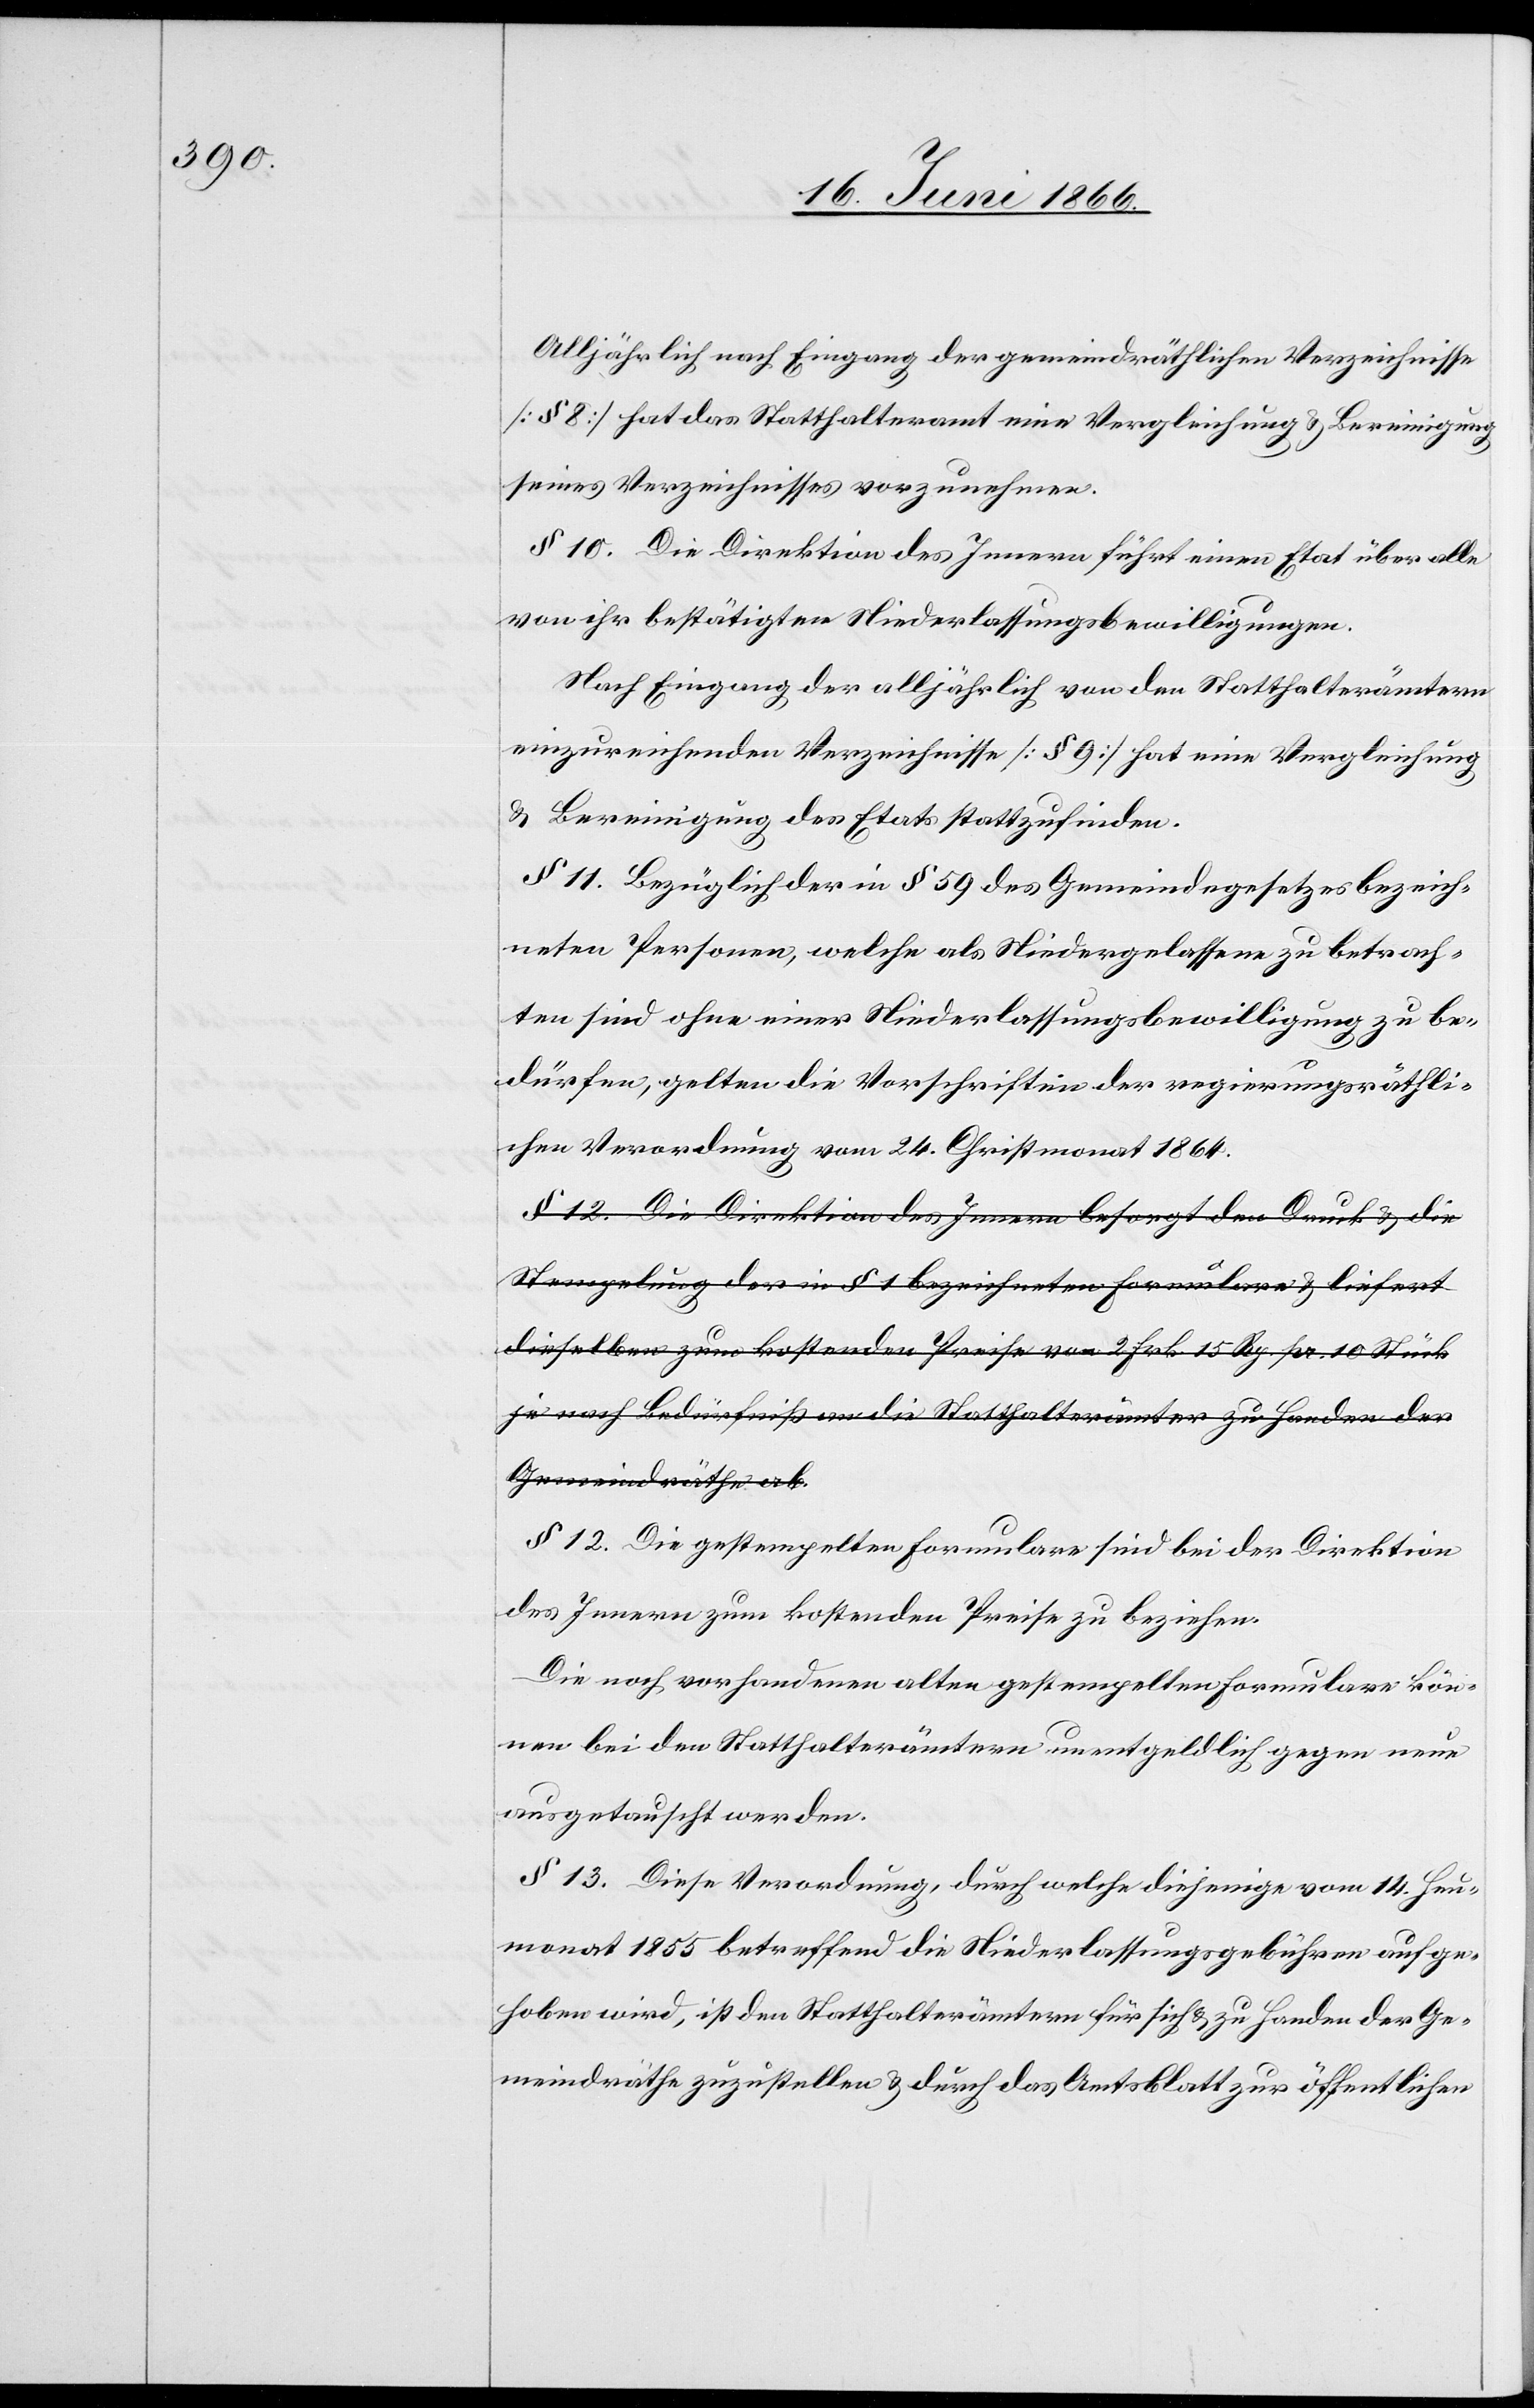
Alljährlich nach Eingang der gemeindräthlichen Verzeichnisse
[§ 8] hat das Statthalteramt eine Vergleichung u. Bereinigung
seines Verzeichnisses vorzunehmen.
§ 10. Die Direktion des Innern führt einen Etat über alle
von ihr bestätigten Niederlassungsbewilligungen.
Nach Eingang der alljährlich von den Statthalterämtern
einzureichenden Verzeichnisse [§ 9] hat eine Vergleichung
u. Bereinigung des Etats stattzufinden.
§ 11. Bezüglich der in § 59 des Gemeindegesetzes bezeich¬
neten Personen, welche als Niedergelassene zu betrach¬
ten sind ohne einer Niederlassungsbewilligung zu be¬
dürfen, gelten die Vorschriften der regierungsräthli¬
chen Verordnung vom 24. Christmonat 1864.
a-§ 12. Die Direktion des Innern besorgt den Druck u. die
Stempelung der in § 1 bezeichneten Formulare u. liefert
dieselben zum kostenden Preise von 2 Frk. 15 Rp. pr. 10 Stück
je nach Bedürfniß an die Statthalterämter zu Handen der
Gemeindräthe ab.-a
§ 12. Die gestempelten Formulare sind bei der Direktion
des Innern zum kostenden Preise zu beziehen.
Die noch vorhandenen alten gestempelten Formulare kön¬
nen bei den Statthalterämtern unentgeltlich gegen neue
ausgetauscht werden.
§ 13. Diese Verordnung, durch welche diejenige vom 14. Heu¬
monat 1855 betreffend die Niederlassungsgebühren aufge¬
hoben wird, ist den Statthalterämtern für sich u. zu Handen der Ge¬
meindräthe zuzustellen u. durch das Amtsblatt zur öffentlichen